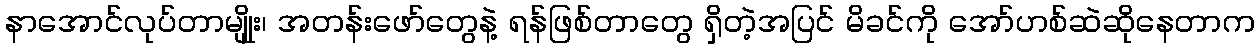
နာအောင်လုပ်တာမျိုုး၊ အတန်းဖော်တွေနဲ့ ရန်ဖြစ်တာတွေ ရှိတဲ့အပြင် မိခင်ကို အော်ဟစ်ဆဲဆိုနေတာက